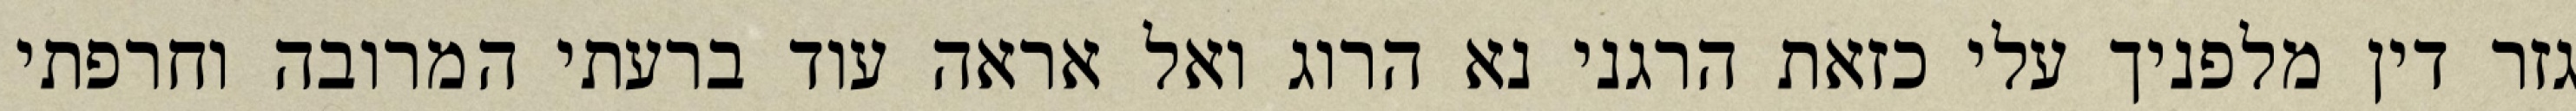
גזר דין מלפניך עלי כזאת הרגני נא הרוג ואל אראה עוד ברעתי המרובה וחרפתי